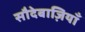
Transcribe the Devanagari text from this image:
सौदेबाज़ियाँ